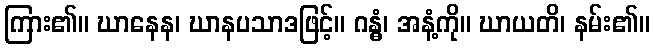
ကြား၏။ ဃာနေန၊ ဃာနပသာဒဖြင့်။ ဂန္ဓံ၊ အနံ့ကို။ ဃာယတိ၊ နမ်း၏။